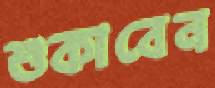
শুকাবেন